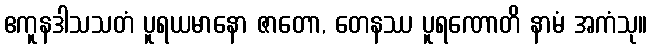
ဧကူနဒါသသတံ ပူရယမာနော ဇာတော, တေနဿ ပူရဏောတိ နာမံ အကံသု။